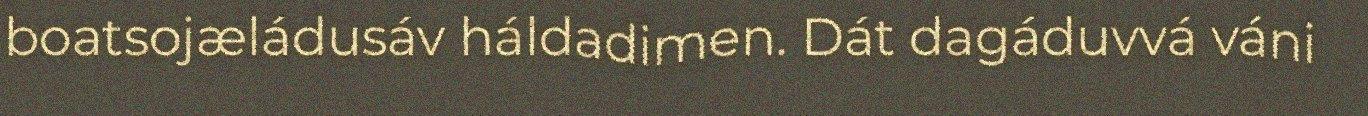
boatsojæládusáv háldadimen. Dát dagáduvvá váni